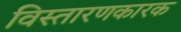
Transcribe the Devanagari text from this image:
विस्तारणकारक